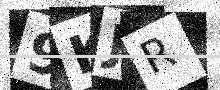
Text: 9KJR